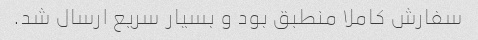
سفارش کاملا منطبق بود و بسیار سریع ارسال شد.